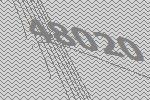
48020